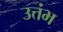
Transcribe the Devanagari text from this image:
उत्तंभ